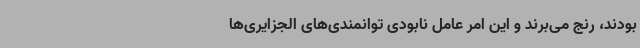
بودند، رنج می‌برند و این امر عامل نابودی توانمندی‌های الجزایری‌ها